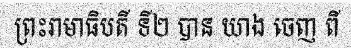
ព្រះរាមាធិបតី ទី២ បាន យាង ចេញ ពី